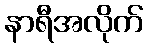
နာရီအလိုက်